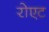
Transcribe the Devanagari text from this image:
रोएट